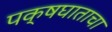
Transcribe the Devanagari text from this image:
पक्षघाताचा